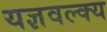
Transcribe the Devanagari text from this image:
यज्ञवल्क्य